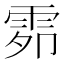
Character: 𮦍